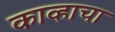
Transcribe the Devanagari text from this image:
काव्हाचा